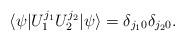
LaTeX: \begin{align*}\langle\psi|U_1^{j_1}U_2^{j_2}|\psi\rangle = \delta_{j_1 0}\delta_{j_2 0}.\end{align*}